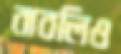
বাবলিও